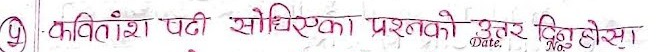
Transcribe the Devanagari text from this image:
(५) कवितांश पढ़ी सोधिएका प्रश्नको उत्तर दिनुहोस्।